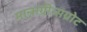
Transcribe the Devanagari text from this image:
मान्नाग्रीन्सग्रोट